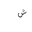
Letter: _shin